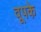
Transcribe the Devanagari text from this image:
वूपके